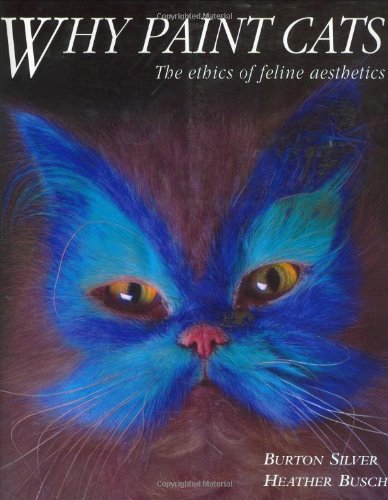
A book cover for Why Paint Cats: The Ethics of Feline Aesthetics; Burton Silver; Arts & Photography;